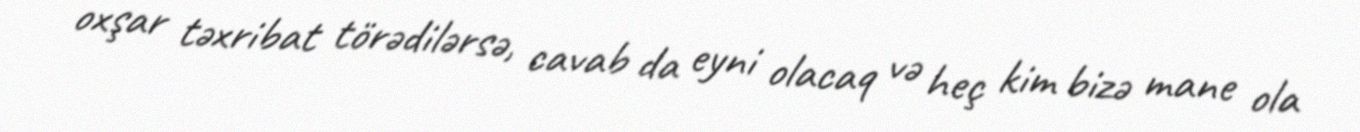
oxşar təxribat törədilərsə, cavab da eyni olacaq və heç kim bizə mane ola